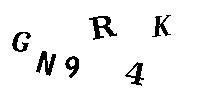
GN9R4K